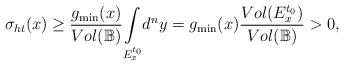
LaTeX: \begin{align*}\sigma _{ht}(x)\geq \dfrac{g_{\min }(x)}{Vol(\mathbb{B})}\underset{E_{x}^{t_{0}}}{\int }d^{n}y=g_{\min }(x)\dfrac{Vol(E_{x}^{t_{0}})}{Vol(\mathbb{B})}>0,~\ \end{align*}